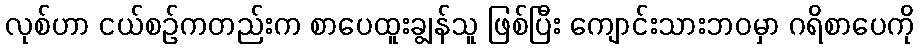
လုစ်ဟာ ငယ်စဉ်ကတည်းက စာပေထူးချွန်သူ ဖြစ်ပြီး ကျောင်းသားဘဝမှာ ဂရိစာပေကို